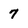
Character: 7